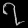
Digit: ၇